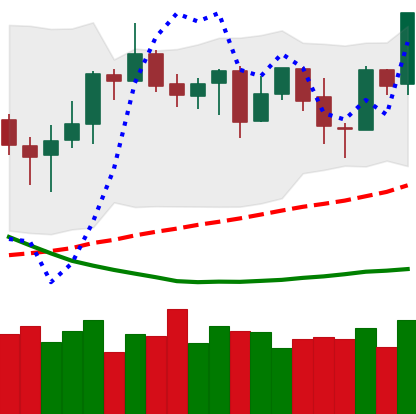
Ticker: NEO-USD
Chart end date: 2019-03-29
Forward return: 23.858%
Label: up_7plus